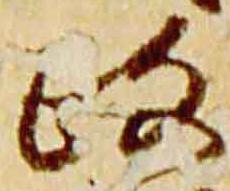
政